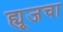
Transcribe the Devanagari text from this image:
ह्यूजचा